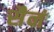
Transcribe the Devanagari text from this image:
सैनं